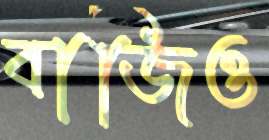
বাজিও